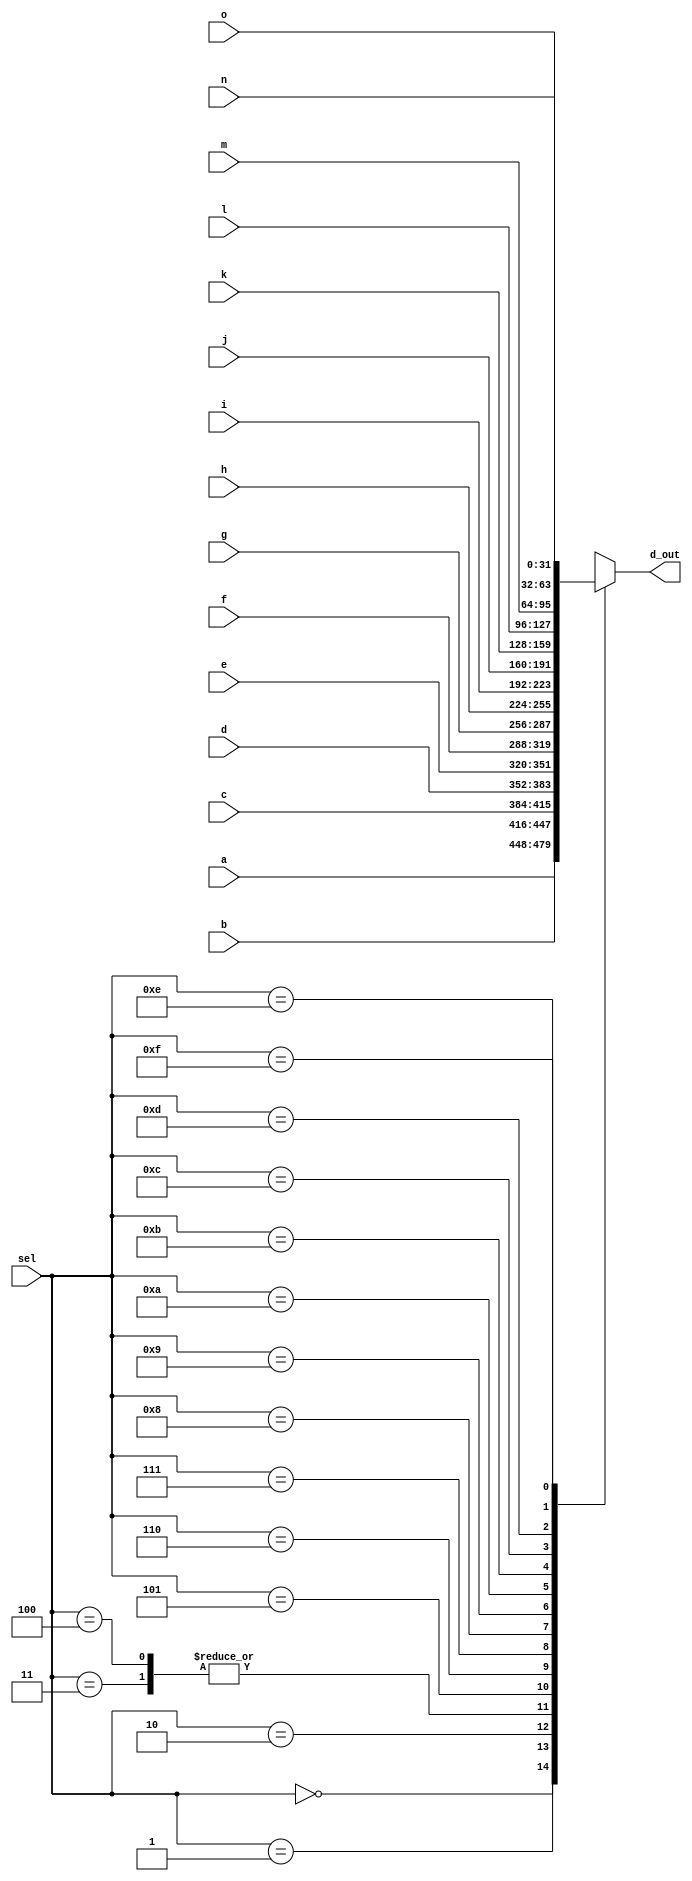
module _16_to_1_MUX(a, b, c, d, e, f, g, h, i, j, k, l, m, n, o, sel, d_out); // 8 to 1 Mux
input	[31:0] a, b, c, d, e, f, g, h, i, j, k, l, m, n, o; 
input [3:0] sel; // select signal
output reg [31:0] d_out; // 32-bit output d_out
	
always @ (sel, a, b, c, d, e, f, g, h, i, j, k, l, m, n, o)
	begin
		case(sel)
			4'b0000 : d_out = a;
			4'b0001 : d_out = b;
			4'b0010 : d_out = c;
			4'b0011 : d_out = d;
			4'b0100 : d_out = d;
			4'b0101 : d_out = e;
			4'b0110 : d_out = f;
			4'b0111 : d_out = g;
			4'b1000 : d_out = h;
			4'b1001 : d_out = i;
			4'b1010 : d_out = j;
			4'b1011 : d_out = k;
			4'b1100 : d_out = l;
			4'b1101 : d_out = m;
			4'b1110 : d_out = n;
			4'b1111 : d_out = o;
			default : d_out = 32'bx;
		endcase
	end
endmodule